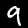
Digit: 9